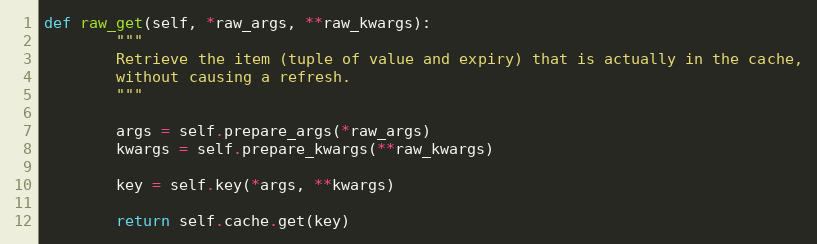
Language: Python
def raw_get(self, *raw_args, **raw_kwargs):
        """
        Retrieve the item (tuple of value and expiry) that is actually in the cache,
        without causing a refresh.
        """

        args = self.prepare_args(*raw_args)
        kwargs = self.prepare_kwargs(**raw_kwargs)

        key = self.key(*args, **kwargs)

        return self.cache.get(key)